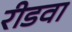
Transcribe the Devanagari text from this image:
रीडवा